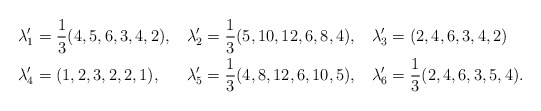
\begin{align*}\lambda'_1 &= \frac{1}{3}(4,5,6,3,4,2),&\lambda'_2 &= \frac{1}{3}(5,10,12,6,8,4),&\lambda'_3 &= (2,4,6,3,4,2)\\\lambda'_4 &= (1,2,3,2,2,1),&\lambda'_5 &= \frac{1}{3}(4,8,12,6,10,5),&\lambda'_6 &= \frac{1}{3}(2,4,6,3,5,4).\end{align*}